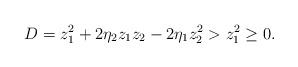
LaTeX: \begin{align*}D=z_1^2+2\eta_2z_1z_2-2\eta_1z_2^2>z_1^2\ge0.\end{align*}